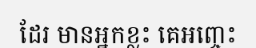
ដែរ មានអ្នកខ្លះ គេអញ្ចេះ